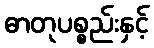
ဓာတုပစ္စည်းနှင့်